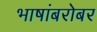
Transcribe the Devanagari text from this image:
भाषांबरोबर